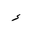
Letter: _hamza